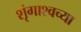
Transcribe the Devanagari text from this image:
शृंगाश्वच्या